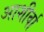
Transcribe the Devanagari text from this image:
आशीर्वा